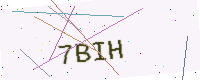
Text: 7BIH